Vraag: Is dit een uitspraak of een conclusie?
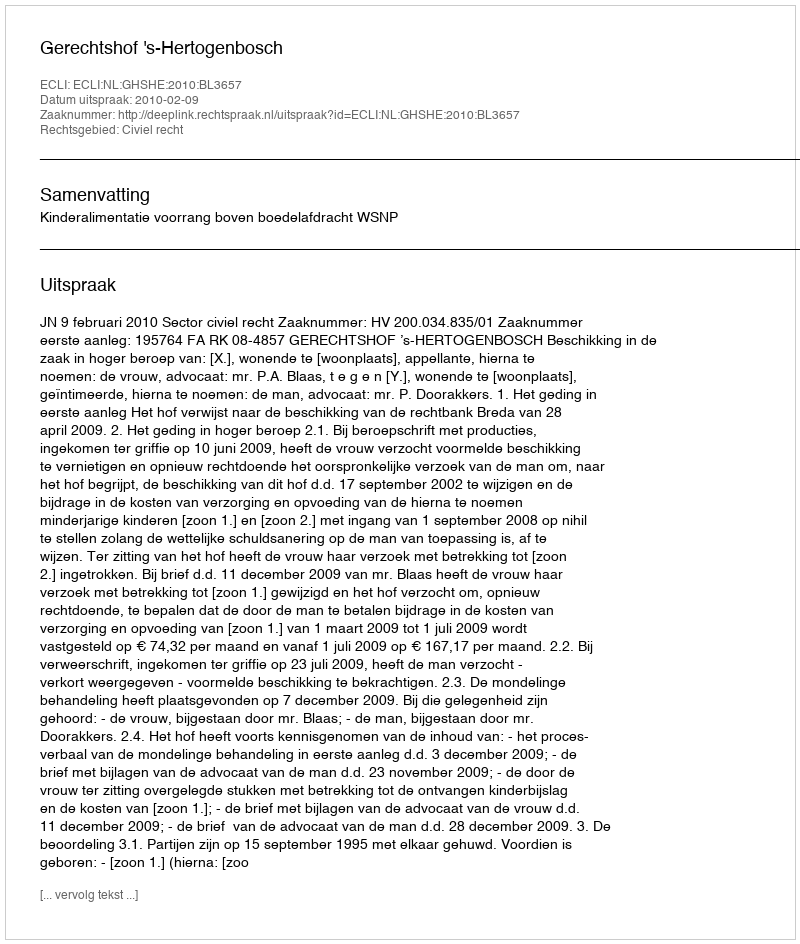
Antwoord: Uitspraak